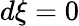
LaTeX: d\xi=0